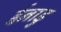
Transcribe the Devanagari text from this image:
ईनाडु